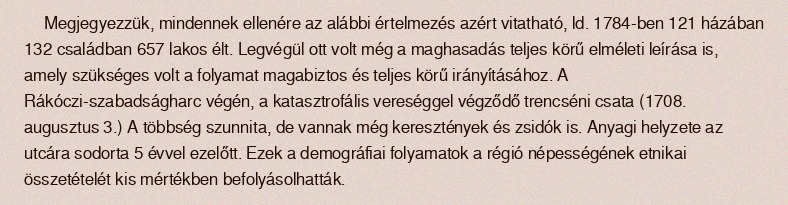
Megjegyezzük, mindennek ellenére az alábbi értelmezés azért vitatható, ld. 1784-ben 121 házában 132 családban 657 lakos élt. Legvégül ott volt még a maghasadás teljes körű elméleti leírása is, amely szükséges volt a folyamat magabiztos és teljes körű irányításához. A Rákóczi-szabadságharc végén, a katasztrofális vereséggel végződő trencséni csata (1708. augusztus 3.) A többség szunnita, de vannak még keresztények és zsidók is. Anyagi helyzete az utcára sodorta 5 évvel ezelőtt. Ezek a demográfiai folyamatok a régió népességének etnikai összetételét kis mértékben befolyásolhatták.